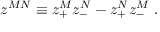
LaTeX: z ^ { M N } \equiv z _ { + } ^ { M } z _ { - } ^ { N } - z _ { + } ^ { N } z _ { - } ^ { M } \ .